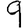
Digit: 9